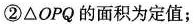
②△OPQ的面积为定值；